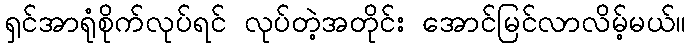
ရှင်အာရုံစိုက်လုပ်ရင် လုပ်တဲ့အတိုင်း အောင်မြင်လာလိမ့်မယ်။